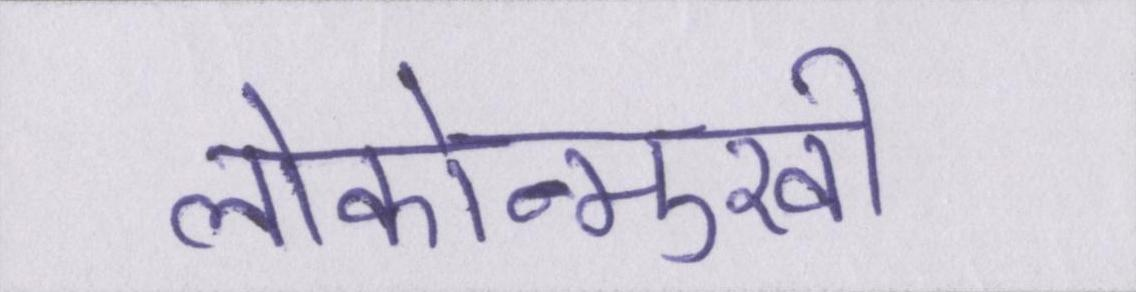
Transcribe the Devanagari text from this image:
लोकोन्मुखी